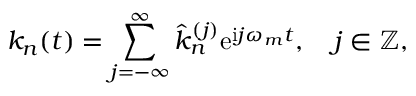
k _ { n } ( t ) = \sum _ { j = - \infty } ^ { \infty } \hat { k } _ { n } ^ { ( j ) } \mathrm { e } ^ { \mathrm { i } j \omega _ { m } t } , \quad j \in \mathbb { Z } ,